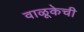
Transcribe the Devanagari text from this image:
वाळूकेची